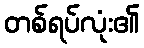
တစ်ရပ်လုံး၏